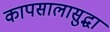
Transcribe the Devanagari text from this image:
कापसालासुद्धा